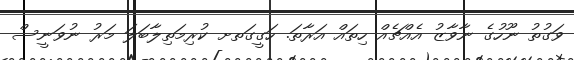
ވަގުތު ނޫހުގެ ނާވާޒު އެއްޗެއް ހިތައް އަރާތަ. ހަގީގަތށ ކުރިމަތިލާބަލަ މަރު ނުވަނީސް